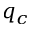
q _ { c }